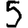
Digit: 5